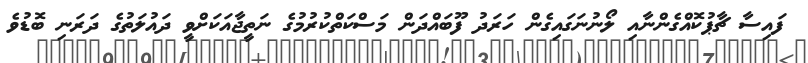
ފައިސާ ޗާޕުކޮއްގެންނާއި ލޯނުނަގައިގެން ހަރަދު ފޫބައްދަން މަސްކަތްކުރުމުގެ ނަތީޖާއަކަށްވީ ދައުލަތުގެ ދަރަނި ބޮޑުވެ